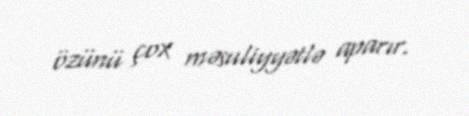
özünü çox məsuliyyətlə aparır.